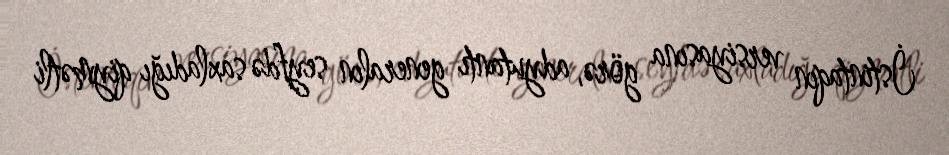
İstintaqın versiyasına görə, adyutantı generalın seyfdə saxladığı qiymətli